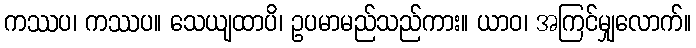
ကဿပ၊ ကဿပ။ သေယျထာပိ၊ ဥပမာမည်သည်ကား။ ယာဝ၊ အကြင်မျှလောက်။